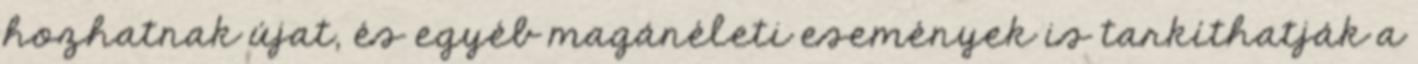
hozhatnak újat, és egyéb magánéleti események is tarkíthatják a